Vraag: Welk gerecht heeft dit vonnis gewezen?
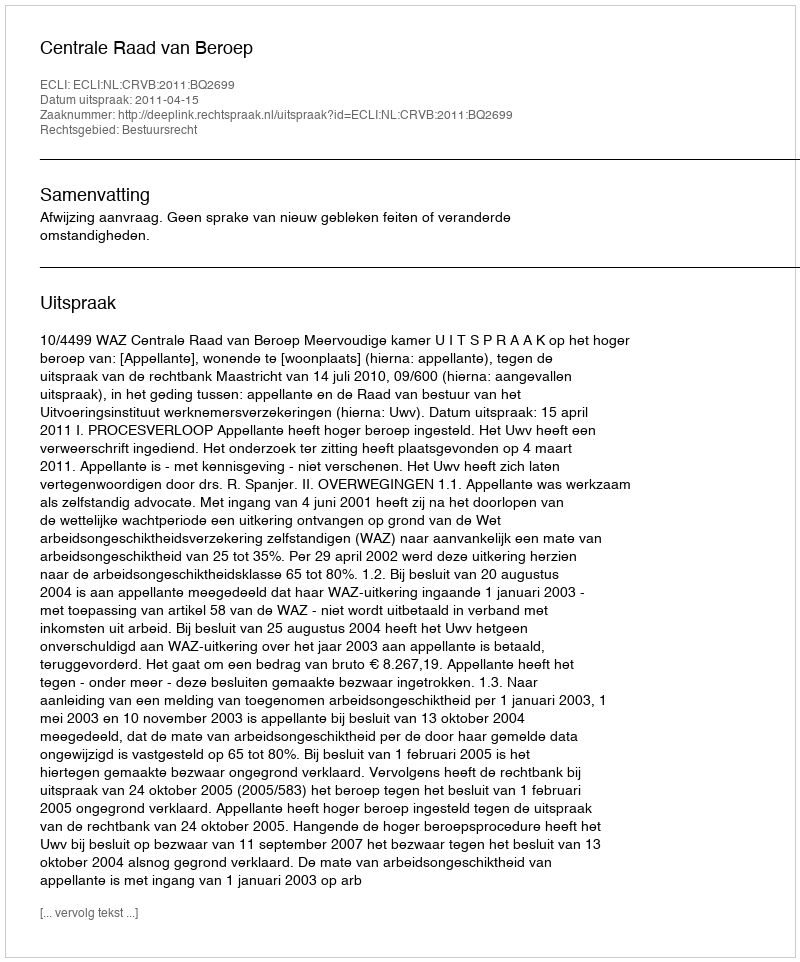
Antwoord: Centrale Raad van Beroep